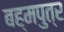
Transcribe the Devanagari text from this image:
बह्मपुत्र